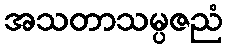
အသတာသမ္ပဇညံ